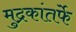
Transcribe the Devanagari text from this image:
मुद्रकांतर्फे